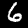
Digit: 6